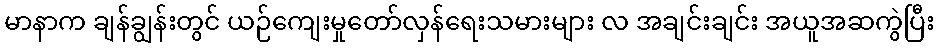
မာနာက ချန်ချွန်းတွင် ယဉ်ကျေးမှုတော်လှန်ရေးသမားများ လ အချင်းချင်း အယူအဆကွဲပြီး